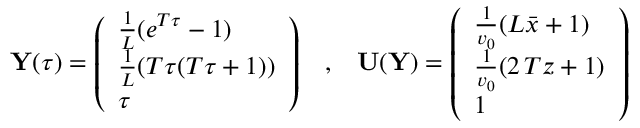
{ \mathbf Y } ( \tau ) = \left( \begin{array} { l } { \frac { 1 } { L } ( e ^ { T \tau } - 1 ) } \\ { \frac { 1 } { L } ( T \tau ( T \tau + 1 ) ) } \\ { \tau } \end{array} \right) \; \; \; , \; \; \; { \mathbf U } ( { \mathbf Y } ) = \left( \begin{array} { l } { \frac { 1 } { v _ { 0 } } ( L \bar { x } + 1 ) } \\ { \frac { 1 } { v _ { 0 } } ( 2 \, T z + 1 ) } \\ { 1 } \end{array} \right)